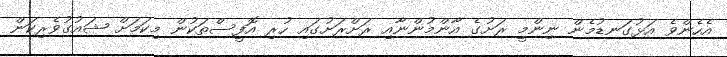
އެހެންވެ އަޅުގަނޑުމެން ނިންމީ ރަށުގެ އާންމުންނާއި ރަށްރަށުގައި ހުރި އޮފީސްތަކުން މިކަމަށް ޝައުގުވެރިކަން